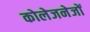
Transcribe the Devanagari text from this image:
कोलेजनेजों